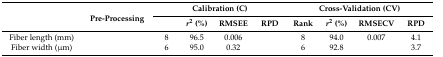
<table><thead><tr><td rowspan="2">[EMPTY_CELL]</td><td rowspan="2"><b>Pre-Processing</b></td><td colspan="4"><b>Calibration (C)</b></td><td colspan="4"><b>Cross-Validation (CV)</b></td></tr><tr><td>[EMPTY_CELL]</td><td><b><i>r</i><sup>2</sup> (%)</b></td><td><b>RMSEE</b></td><td><b>RPD</b></td><td><b>Rank</b></td><td><b><i>r</i><sup>2</sup> (%)</b></td><td><b>RMSECV</b></td><td><b>RPD</b></td></tr></thead><tbody><tr><td>Fiber length (mm)</td><td>[EMPTY_CELL]</td><td>8</td><td>96.5</td><td>0.006</td><td>[EMPTY_CELL]</td><td>8</td><td>94.0</td><td>0.007</td><td>4.1</td></tr><tr><td>Fiber width (μm)</td><td>[EMPTY_CELL]</td><td>6</td><td>95.0</td><td>0.32</td><td>[EMPTY_CELL]</td><td>6</td><td>92.8</td><td>[EMPTY_CELL]</td><td>3.7</td></tr></tbody></table>